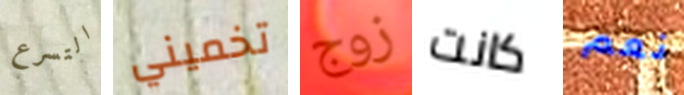
التسرع تخميني زوج كانت نعم